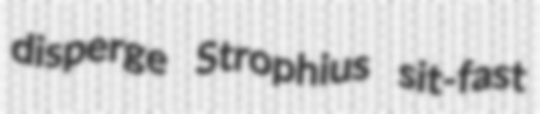
disperge Strophius sit-fast